Annual administration report of the Civil Veterinary Department of India - 1895-1896
Year: 1895
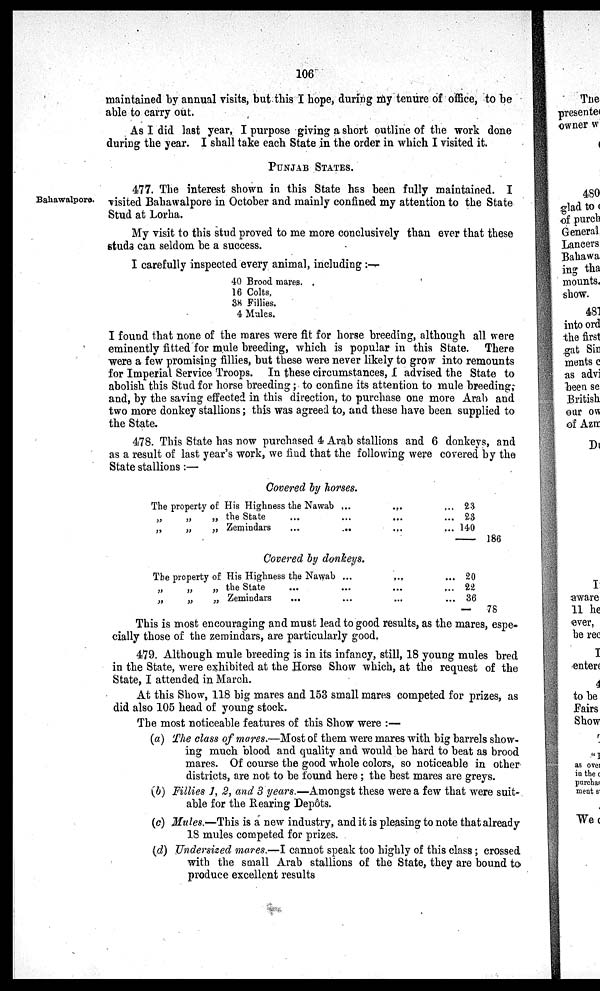
106
maintained by annual visits, but this I hope, during my tenure of office, to be
able to carry out.
As I did last year, I purpose giving a short outline of the work done
during the year. I shall take each State in the order in which I visited it.
PUNJAB STATES.
Bahawalpore.
477. The interest shown in this State has been fully maintained. I
visited Bahawalpore in October and mainly confined my attention to the State
Stud at Lorha.
My visit to this stud proved to me more conclusively than ever that these
studa can seldom be a success.
I carefully inspected every animal, including :—
40 Brood mares.
16 Colts.
38 Fillies.
4 Mules.
I found that none of the mares were fit for horse breeding, although all were
eminently fitted for mule breeding, which is popular in this State. There
were a few promising fillies, but these were never likely to grow into remounts
for Imperial Service Troops. In these circumstances, I advised the State to
abolish this Stud for horse breeding; to confine its attention to mule breeding,
and, by the saving effected in this direction, to purchase one more Arab and
two more donkey stallions; this was agreed to, and these have been supplied to
the State.
478. This State has now purchased 4 Arab stallions and 6 donkeys, and
as a result of last year's work, we find that the following were covered by the
State stallions:—
Covered by horses.
The property of His Highness the Nawab
„
„
„ the State...
„
„
„ Zemindars...
...
...
...
...
...
...
...
...
...
23 23
140
—
186
Covered by donkeys.
The property of His Highness the Nawab
„
„
„ the State
...
„
„
„ Zemindars...
...
...
...
...
...
...
... 20
... 22
... 36
—
78
This is most encouraging and must lead to good results, as the mares, espe-
cially those of the zemindars, are particularly good.
479. Although mule breeding is in its infancy, still, 18 young mules bred
in the State, were exhibited at the Horse Show which, at the request of the
State, I attended in March.
At this Show, 118 big mares and 153 small mares competed for prizes, as
did also 105 head of young stock.
The most noticeable features of this Show were :—
(a) The class of mares.—Most of them were mares with big barrels show-
ing much blood and quality and would be hard to beat as brood
mares. Of course the good whole colors, so noticeable in other
districts, are not to be found here; the best mares are greys.
(b) Fillies 1, 2, and 3 years.—Amongst these were a few that were suit-
able for the Rearing "Depôts.
(c) Mules.—This is a new industry, and it is pleasing to note that already
18 mules competed for prizes.
(d) Undersized mares.—I cannot speak too highly of this class; crossed
with the small Arab stallions of the State, they are bound to
produce excellent results